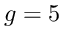
g = 5